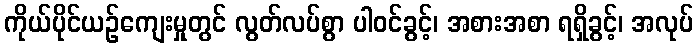
ကိုယ်ပိုင်ယဉ်ကျေးမှုတွင် လွတ်လပ်စွာ ပါဝင်ခွင့်၊ အစားအစာ ရရှိခွင့်၊ အလုပ်